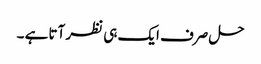
حل صرف ایک ہی نظر آتا ہے ۔